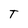
Character: T